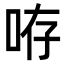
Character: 𠱜